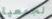
لجمعية